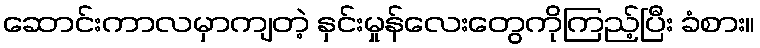
ဆောင်းကာလမှာကျတဲ့ နှင်းမှုန်လေးတွေကိုကြည့်ပြီး ခံစား။